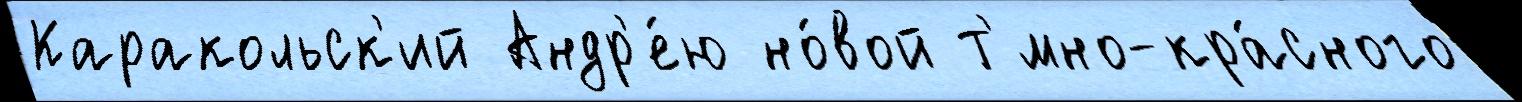
Каракольск'ий Андр'е́ю но́вой т'́мно-кра́сного